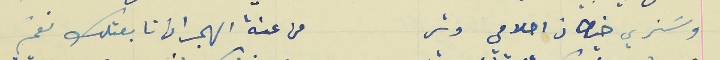
وسَنري خيطان احلامي وتر                                            من عنة الهجران تابعتلك نغم